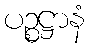
ပဉ္စဋ္ဌာနံ